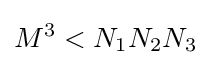
M^{3}<N_{1}N_{2}N_{3}